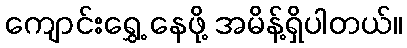
ကျောင်းရွှေ့ နေဖို့ အမိန့်ရှိပါတယ်။